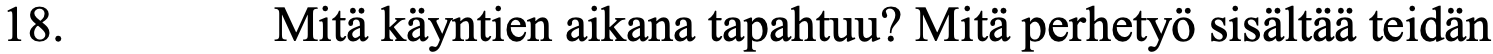
18.      Mitä käyntien aikana tapahtuu? Mitä perhetyö sisältää teidän